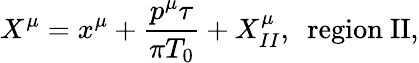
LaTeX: X^{\mu}=x^{\mu}+\frac{p^{\mu}\tau}{\pi{T_{0}}}+X_{II}^{\mu},~~\mathrm{region~II},